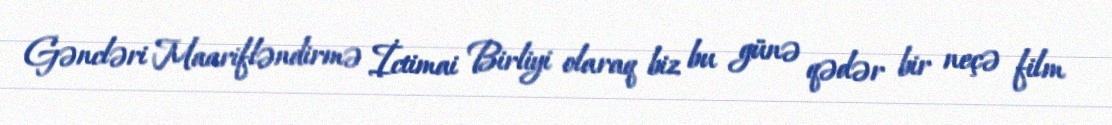
Gəncləri Maarifləndirmə İctimai Birliyi olaraq biz bu günə qədər bir neçə film